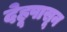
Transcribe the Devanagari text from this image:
देहूपासून